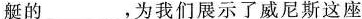
艇的___，为我们展示了威尼斯这座